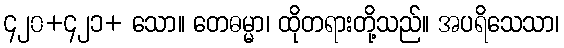
၄၂၀+၄၂၁+ သော။ တေဓမ္မာ၊ ထိုတရားတို့သည်။ အပရိသေသာ၊